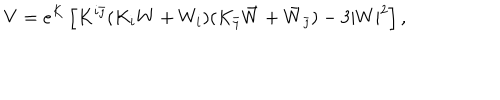
LaTeX: V = e ^ { K } \left[ K ^ { i \bar { \jmath } } ( K _ { i } W + W _ { i } ) ( K _ { \bar { \jmath } } \bar { W } + \bar { W } _ { \bar { \jmath } } ) - 3 | W | ^ { 2 } \right] ,